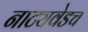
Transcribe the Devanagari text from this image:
नाट्यवेडच